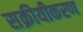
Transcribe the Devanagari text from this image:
सक्रीयीकरण